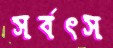
সর্বৎস